Vital statistics of India. Vol. IV, Annual returns from 1871 to 1876. British Army of India, Native Army and jails of Bengal
Year: 1871
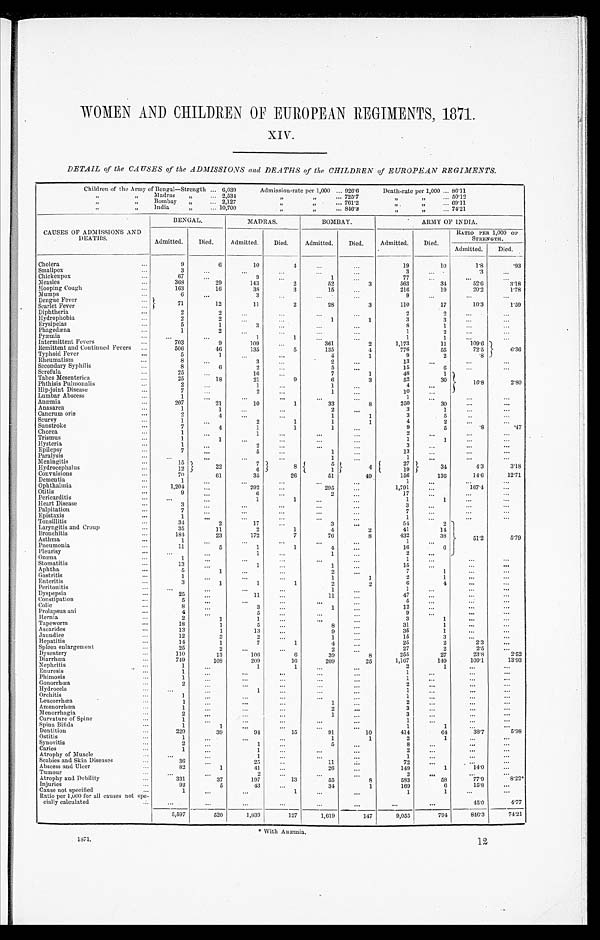
XIV.
DETAIL of the CAUSES of the ADMISSIONS and DEATHS of the CHILDREN of EUROPEAN REGIMENTS.
Children of the Army of Bengal—Strength
6,039
Admission-rate per 1,000
9 2 6 . 6
Death-rate per 1,000 86.11
” ” Madras ” 2,534
” ” 725.7
” ” 50.12
” ” Bombay ” 2 , 1 2 7
” ” 761.2
” ” 69.11
” ” India ” 10,700
” ” 8 4 6 . 2
” ”
7 4 . 2 1
CAUSES OF ADMISSIONS AND
DEATHS.
BENGAL.
MADRAS.
BOMBAY.
ARMY OF INDIA.
Admitted.
Died.
Admitted.
Died.
Admitted.
Died.
Admitted.
Died.
RATIO PER 1,000 OF
STRENGTH.
Admitted.
Died.
Cholera
9
6
10
4
. . .
. . .
19
10
1.8
.93
Smallpox
3
. . .
. . .
. . . ...
. . . 3
. . . .3
. . .
Chickenpox
67
. . .
9 . . .
1
. . . 77
. . .
. . .
. . .
Measles
368
29
143
2
2
52
3
563
3 4
5 2 . 6
52'6
3 . 1 8
3'18
Hooping Cough
1 6 3
16
38
3
15
. . . 216
1 9
20.2
1.78
Mumps
6 . . .
3
. . .
. . .
. . . 9
. . .
. . .
. . .
Dengue Fever
71
1 2
1 1
2
2 8
3
1 1 0
1 7
1 0 . 3
1 . 5 9
Scarlet Fever
Diphtheria
2
2
. . .
. . .
. . .
. . .
2
2
. . .
. . .
Hydrophobia
2
2
. . .
. . .
1
1 3
3
. . .
. . .
Erysipelas
5
1
3
. . .
. . .
. . .
8
1
. . .
. . .
Phagedæna
1
2 . . .
. . .
. . . ...
1
2
. . .
. . .
Pyæmia
. . .
. . .
1
1 . . . ...
1
1
. . .
Intermittent Fevers
703
9
109
...
3 6 1
2
1,173
11
109.6
...
6.36
Remittent and Continued Fevers
506
46
135
5
135
4
776
55
72.5
Typhoid Fever
5
1
. . .
...
4
1
9
2
.8
Rheumatism
8
. . .
3
. . .
2
. . .
13
. . .
. . .
. . .
Secondary Syphilis
8
6
2
. . .
5 ...
1 5
6
. . .
. . .
Scrofula
25
. . .
1 6 . . .
7
1
4 8
1
Tabes Mesenterica
25
1 8
2 1
9 6
3
52
3 0
10.8
Phthisis Pulmonalis
2
. . .
1
...
1
. . .
4
. . .
2.80
Hip-joint Disease
7
. . .
2
. . .
1
. . .
10
. . .
Lumbar Abscess
1
. . .
. . .
. . .
. . .
. . . 1
. . .
. . .
. . .
Anæmia
207
2 1
1 0
1
3 3
8
250
3 0
...
. . .
Anasarea
1
1
. . .
. . .
2
. . .
3
1
. . . ...
Cancrum oris
2
4
. . . ...
1
1 3
5
. . .
. . .
Scurvy
1
. . .
2
1 1
1
4
2
2
...
. . .
Sunstroke
7
4 1
1
1
. . .
9
5
. 8
.47
Chorea
1 . . .
1
. . .
. . .
. . . 2
. . .
. . .
. . .
Trismus
1
1
. . . ...
...
. . . 1
1
. . .
. . .
Hysteria
1
. . .
2
...
. . .
. . . 3
. . .
. . .
...
Epilepsy
7
. . . 5
. . .
1
1
. . . 13
. . .
. . .
...
Paralysis
...
. . .
. . . ...
...
1
. . . 1
. . .
. . .
...
Meningitis
15
2 2
7
8
5 4
4
27
3 4
Hydrocephalus
12
6
1
1 9
4.3
3.18
Convulsions
70
61
35
26
51
49
156
136
14.6
12.71
Dementia
1
. . .
. . .
. . .
. . .
. . .
1
. . .
. . .
. . .
Ophthalmia
1 , 2 0 4
. . .
2 9 2
. . .
2 9 5
. . .
1,791
. . .
1 6 7 . 4
. . .
Otitis
9
. . .
6
. . .
2
. . .
1 7
. . .
. . . ...
Pericarditis
. . .
. . .
1
1
1
. . . . . .
1
1
1
...
...
Heart Disease
3
...
. . .
. . . ...
. . .
3
. . .
. . .
. . .
Palpitation
7
. . . ...
...
. . .
. . . 7
. . .
...
. . .
Epistaxis
1
...
. . .
...
. . .
. . .
1
. . .
...
...
Tonsillitis
34
2
17
. . .
3
...
54
2
5 1 . 2
Laryngitis and Croup
35
11
2
1
4
2
41
14
Bronchitis
184
23
172
7
76
8
432
38
Asthma
1
...
. . .
...
. . .
. . .
1
. . .
5.79
Pneumonia
11
5
1
1
4
. . . 16
6
Pleurisy
. . .
. . .
1
. . .
1
...
2
. . .
Ozœna
1 . . .
. . . ...
. . .
. . .
1
. . .
. . .
. . .
Stomatitis
13
. . .
1
...
1
1 15
. . .
. . .
. . .
Aphtha
5
1
. . .
. . .
2
2 7
1
. . .
. . .
Gastritis
1 . . .
. . .
. . .
1
. . . 2
1
. . .
. . .
Enteritis
3
1
1
1
2
. . .
6
4
. . .
. . .
Peritonitis
. . .
. . .
. . .
. . .
1
. . .
1
. . .
. . .
. . .
Dyspepsia
2 5
. . .
1 1
. . .
1 1
. . . 47
. . .
. . .
. . .
Constipation
5
. . .
. . .
. . .
. . .
. . . 5
. . .
...
. . .
Colic
8
. . .
3
. . .
1
. . . 12
. . .
. . .
. . .
Prolapsus ani
4
. . .
5
. . .
. . .
. . . 9
. . .
. . .
. . .
Hernia
2
1
1
. . .
. . .
. . .
3
1
. . .
. . .
Tapeworm
18
1
5
. . .
8
. . . 31
1
. . .
. . .
Ascarides
13
1
13
. . . 9
. . . 35
1
. . . ...
Jaundice
12
3
2
...
1
. . .
15
3
. . .
. . .
Hepatitis
14
1
7
1
4 . . . 25
2
2 . 3
. . .
Spleen enlargement
25
2
...
...
2
. . . 27
2
2.5
. . .
Dysentery
110
13
106
6
39
8
255
27
23.8
2.52
Diarrhœa
749
108
209
16
209
25
1,167
149
109.1
13.93
Nephritis
1
. . .
1
1
. . .
. . .
2
1
. . .
. . .
Enuresis
1
. . .
. . .
. . .
. . .
. . . 1
. . .
. . .
. . .
Phimosis
1
. . .
. . .
. . .
. . .
. . . 1
. . .
. . .
. . .
Gonorrhœa
2
. . .
...
. . .
. . .
. . . 2
. . .
. . .
. . .
Hydrocele
. . .
...
1
. . .
. . .
. . . 1
. . .
. . .
. . .
Orchitis
1 . . .
. . .
. . .
. . .
. . .
1 . . .
. . .
. . .
Leucorrhœa
1
. . .
. . .
. . .
1
. . .
2
. . .
. . .
. . .
Amenorrhœa
1
. . .
. . .
. . . 2
...
3
. . .
. . .
. . .
Menorrhagia
2
. . .
. . . ...
1
. . .
3
. . .
. . .
. . .
Curvature of Spine
1
. . .
. . .
. . .
. . .
. . .
1
. . .
. . .
. . .
Spina Bifida
1
1
. . .
. . .
. . .
. . .
1
1
. . .
. . .
Dentition
229
39
9 4
1 5 91
10
414
64
38.7
5.98
Ostitis
1
. . .
. . .
. . .
1
1
2
1
. . .
. . .
Synovitis
2
. . .
1
. . . 5
. . .
8
. . .
. . .
. . .
Caries
1
...
1
. . .
. . .
. . .
2
. . .
. . .
. . .
Atrophy of Muscle
. . .
. . .
1
. . .
. . .
. . . 1
. . .
. . .
. . .
Scabies and Skin Diseases
36
. . .
25
. . .
1 1
. . .
72
...
. . .
. . .
Abscess and Ulcer
82
1 41
. . .
26
. . .
149
1
1 4 . 0
1 4 ' 0
. . .
Tumour
. . .
. . .
2
. . .
...
. . .
. . . 2
...
. . .
. . .
Atrophy and Debility
331
37
197
13
5 5 8
583
58
77.9
8 . 2 2
Injuries
9 2
5
43
. . .
34
1
169
6
15.8
. . .
Cause not specified
1 . . .
. . .
1
. . .
. . .
1
1
...
. . .
Ratio per 1,000 for all causes not spe-
cially calculated
...
. . .
...
. . .
...
...
...
...
45.0
4.77
5,597
5 2 0 1,839
1 2 7
1,619
1 4 7
9,055
794
846.3
74.21
* With Anæmia.
1871.
12